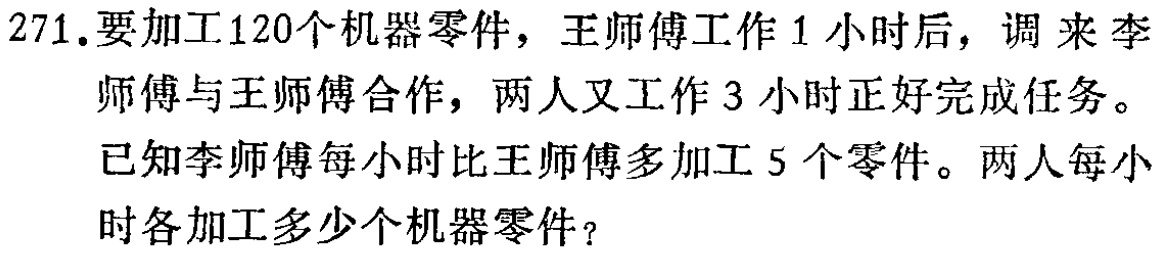
271.要加工120个机器零件，王师傅工作1小时后，调来李师傅与王师傅合作，两人又工作3小时正好完成任务。
已知李师傅每小时比王师傅多加工5个零件。两人每小
时各加工多少个机器零件？